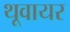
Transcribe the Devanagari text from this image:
थूवायर